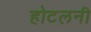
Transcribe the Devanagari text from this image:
होटलनी